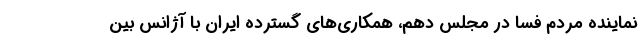
نماینده مردم فسا در مجلس دهم، همکاری‌های گسترده ایران با آژانس بین